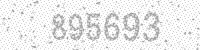
Solution: 895693